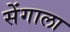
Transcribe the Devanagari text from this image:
सेंगाला